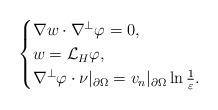
LaTeX: \begin{align*}\begin{cases}\nabla w\cdot \nabla^\perp\varphi=0,\\w=\mathcal{L}_H\varphi,\\\nabla^\perp\varphi\cdot \nu|_{\partial \Omega}=v_n|_{\partial \Omega}\ln\frac{1}{\varepsilon}.\end{cases}\end{align*}